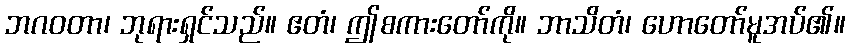
ဘဂဝတာ၊ ဘုရားရှင်သည်။ ဧတံ၊ ဤစကားတော်ကို။ ဘာသိတံ၊ ဟောတော်မူအပ်၏။